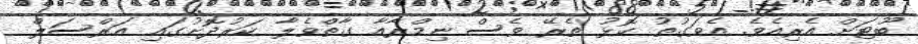
ބޫޓަށް އެރިއެވެ. އެވަގުތު ކޮޅު ތެރޭ ވެސް ނިމްރާއާ ގާތްވެލާ ކަރުދޮށުގައި އަރްސަލް